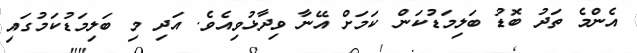
އެންމެ ތަދު ބޮޑު ބަލިމަޑުކަން ކަމަށް އޭނާ ވިދާޅުވިއެވެ. އަދި މި ބަލިމަޑުކަމުގައި